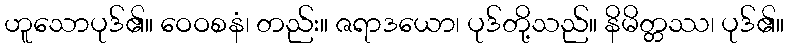
ဟူသောပုဒ်၏။ ဝေဝစနံ၊ တည်း။ ဇရာဒယော၊ ပုဒ်တို့သည်။ နိမိတ္တဿ၊ ပုဒ်၏။